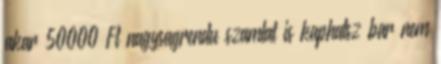
akar 50000 Ft nagysagrendu szamlat is kaphatsz bar nem